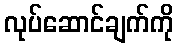
လုပ်ဆောင်ချက်ကို